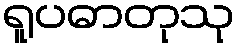
ရူပဓာတုသု